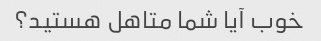
خوب آیا شما متاهل هستید؟